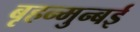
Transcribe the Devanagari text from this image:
बृहन्मुन्बई